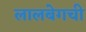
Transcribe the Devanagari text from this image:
लालबेगची